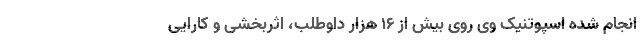
انجام شده اسپوتنیک وی روی بیش از ۱۶ هزار داوطلب، اثربخشی و کارایی